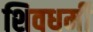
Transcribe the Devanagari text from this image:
शिवधर्मी